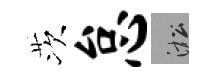
茨怠淞